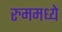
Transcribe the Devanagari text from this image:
रुममध्ये